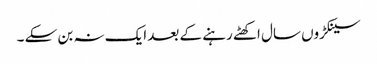
سینکڑوں سال اکھٹے رہنے کے بعد ایک نہ بن سکے ۔